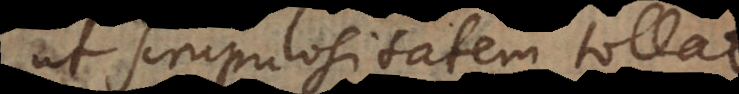
ut scrupulositatem tollat